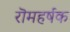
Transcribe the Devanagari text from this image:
रॊमहर्षक